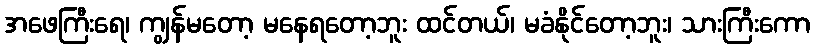
အဖေကြီးရေ၊ ကျွန်မတော့ မနေရတော့ဘူး ထင်တယ်၊ မခံနိုင်တော့ဘူး၊ သားကြီးကော